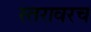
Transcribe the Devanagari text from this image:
स्तरावरच